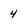
Character: 4